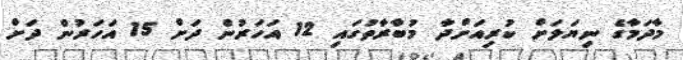
މާދަމާގެ ނިޔަލަށް ކުރިއަށްދާ މުބާރާތުގައި 12 އަހަރުން ދަށް 15 އަހަރުން ދަށް